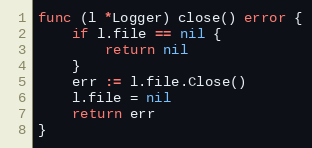
Language: Go
func (l *Logger) close() error {
	if l.file == nil {
		return nil
	}
	err := l.file.Close()
	l.file = nil
	return err
}